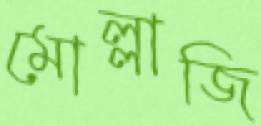
মোল্লাজি